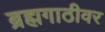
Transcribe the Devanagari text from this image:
ब्रह्मगाठीवर